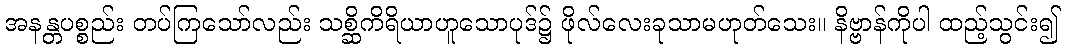
အနန္တပစ္စည်း တပ်ကြသော်လည်း သစ္ဆိကိရိယာဟူသောပုဒ်၌ ဖိုလ်လေးခုသာမဟုတ်သေး။ နိဗ္ဗာန်ကိုပါ ထည့်သွင်း၍